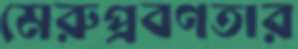
মেরুপ্রবণতার